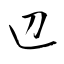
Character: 辺